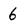
Character: 6